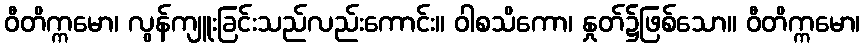
ဝီတိက္ကမော၊ လွန်ကျူးခြင်းသည်လည်းကောင်း။ ဝါစသိကော၊ နှုတ်၌ဖြစ်သော။ ဝီတိက္ကမော၊